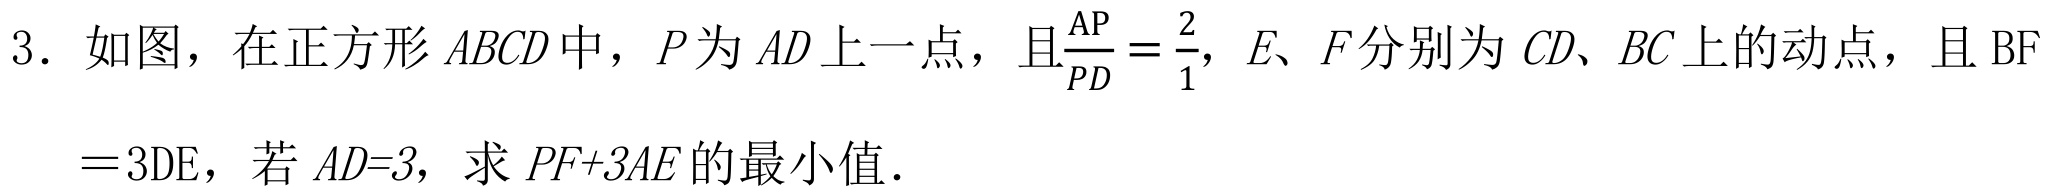
3. 如图，在正方形 \(ABCD\) 中，\(P\) 为 \(AD\) 上一点，且\(\frac{AP}{PD}=\frac{2}{1}\)，\(E\)、\(F\) 分别为 \(CD\)、\(BC\) 上的动点，且 \(BF = 3DE\)，若 \(AD = 3\)，求 \(PF + 3AE\) 的最小值.